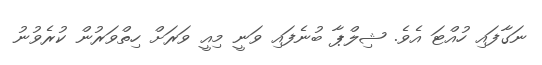
ނަގާފައި ހުއްޓަ އެވެ. ޝިލްޕާ ބުނެފައި ވަނީ މިއީ ވަރަށް ހިތްވަރުން ކުރެވުނު